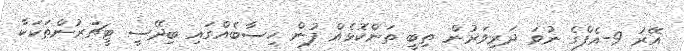
އޭރު 9-އެފްގެ ނުވަ ދަރިވަރުން ތިބީ ތަންކޮޅެއް ފުން ހިސާބެއްގައި ބިދޭސީ ޓީޗަރުންތަކަކާ